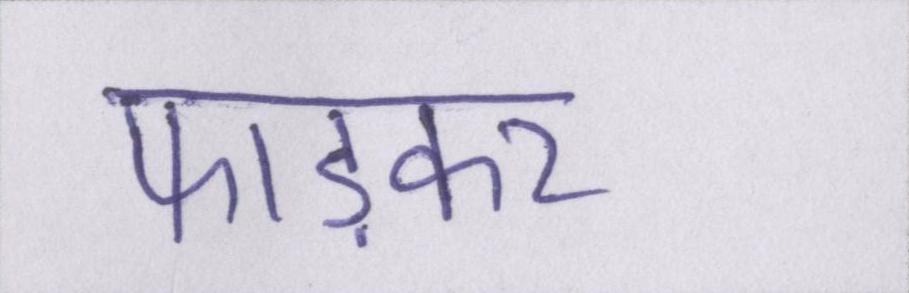
फाड़कर